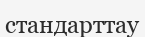
стандарттау